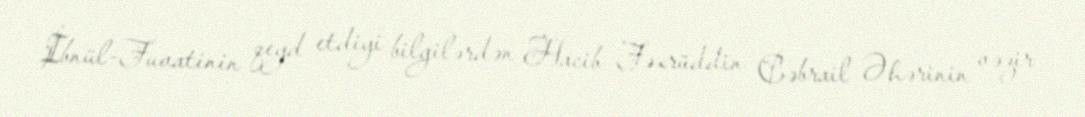
İbnül-Fuvatinin qeyd etdiyi bilgilərdən Hacib Fəxrüddin Cəbrail Əhərinin vəzir